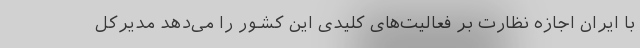
با ایران اجازه نظارت بر فعالیت‌های کلیدی این کشور را می‌دهد مدیرکل